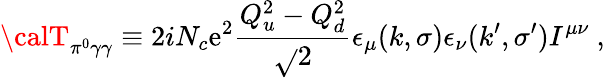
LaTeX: {\calT}_{\pi^{0}\gamma\gamma}\equiv2iN_{c}\mathrm{e}^{2}\frac{{Q_{u}^{2}-Q_{d}^{2}}}{{\sqrt{}{{2}}}}\epsilon_{\mu}(k,\sigma)\epsilon_{\nu}(k^{\prime},\sigma^{\prime})I^{\mu\nu}~,